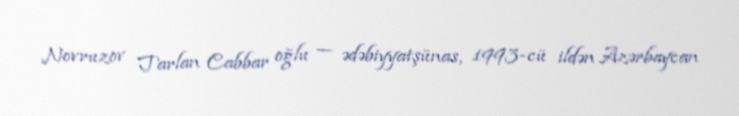
Novruzov Tarlan Cabbar oğlu — ədəbiyyatşünas, 1993-cü ildən Azərbaycan